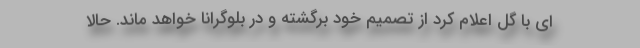
ای با گل اعلام کرد از تصمیم خود برگشته و در بلوگرانا خواهد ماند. حالا